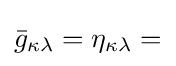
{\bar {g}}_{\kappa \lambda }=\eta _{\kappa \lambda }=